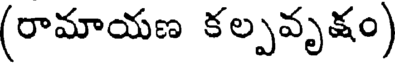
(రామాయణ కల్పవృక్షం)